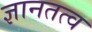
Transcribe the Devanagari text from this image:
ज्ञानतत्व